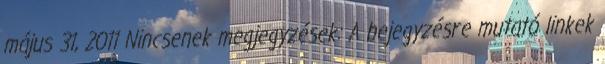
május 31, 2011 Nincsenek megjegyzések: A bejegyzésre mutató linkek